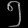
Digit: ၅